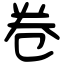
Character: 卷